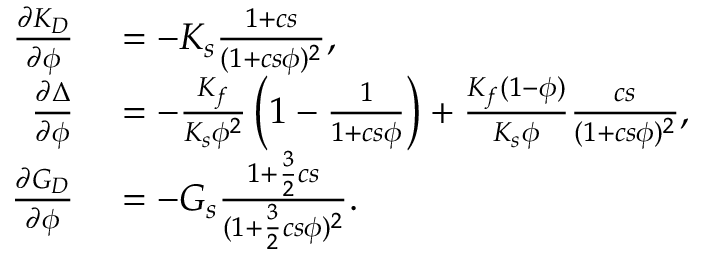
\begin{array} { r } { \begin{array} { r l } { \frac { \partial K _ { D } } { \partial \phi } } & { { } = - K _ { s } \frac { 1 + c s } { ( 1 + c s \phi ) ^ { 2 } } , } \\ { \frac { \partial \Delta } { \partial \phi } } & { { } = - \frac { K _ { f } } { K _ { s } \phi ^ { 2 } } \left( 1 - \frac { 1 } { 1 + c s \phi } \right) + \frac { K _ { f } ( 1 - \phi ) } { K _ { s } \phi } \frac { c s } { ( 1 + c s \phi ) ^ { 2 } } , } \\ { \frac { \partial G _ { D } } { \partial \phi } } & { { } = - G _ { s } \frac { 1 + \frac { 3 } { 2 } c s } { ( 1 + \frac { 3 } { 2 } c s \phi ) ^ { 2 } } . } \end{array} } \end{array}